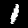
Digit: 1